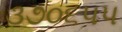
૩૭૦૬૫૫